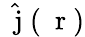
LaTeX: \hat{\mathrm{~\mathbf~j~}}(\mathrm{~\mathbf~r~})